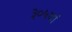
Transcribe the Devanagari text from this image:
३०५वाँ